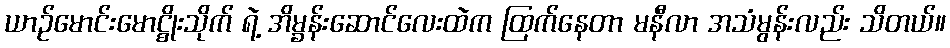
ယာဉ်မောင်းမောင္စိုးသိုက် ရဲ့ အိမ္ခန်းဆောင်လေးထဲက ထြက်နေတာ မနီလာ အသံမွန်းလည်း သိတယ်။